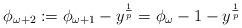
LaTeX: \begin{align*}\phi_{\omega+2}:=\phi_{\omega+1}-y^{\frac{1}{p}}=\phi_\omega-1-y^{\frac{1}{p}}\end{align*}